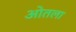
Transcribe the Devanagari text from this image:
ओतला